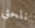
نلحق